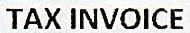
TAX INVOICE